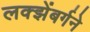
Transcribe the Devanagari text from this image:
लक्झेंबर्गने